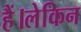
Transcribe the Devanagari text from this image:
हैं।लेकिन